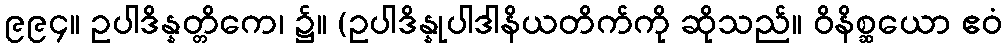
၉၉၄။ ဥပါဒိန္နတ္တိကေ၊ ၌။ (ဥပါဒိန္နုပါဒါနိယတိက်ကို ဆိုသည်။ ဝိနိစ္ဆယော ဧဝံ